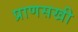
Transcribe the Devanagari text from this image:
प्राणसखी